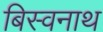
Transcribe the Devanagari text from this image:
बिस्वनाथ